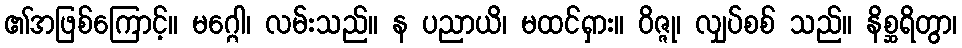
၏အဖြစ်ကြောင့်။ မဂ္ဂေါ၊ လမ်းသည်။ န ပညာယိ၊ မထင်ရှား။ ဝိဇ္ဇု၊ လျှပ်စစ် သည်။ နိစ္ဆရိတွာ၊